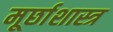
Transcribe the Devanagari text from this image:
मूर्छाशास्त्र